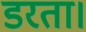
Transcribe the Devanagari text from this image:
डरता।